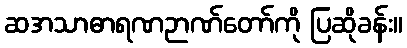
ဆအသာဓာရဏဉာဏ်တော်ကို ပြဆိုခန်း။